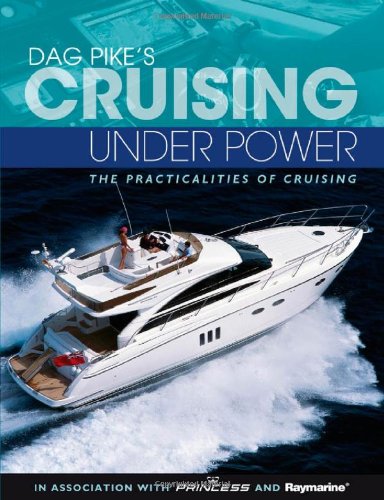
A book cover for Dag Pike's Cruising Under Power: The practicalities of cruising; Dag Pike; Sports & Outdoors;